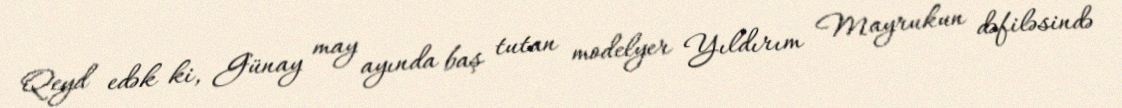
Qeyd edək ki, Günay may ayında baş tutan modelyer Yıldırım Mayrukun dəfiləsində